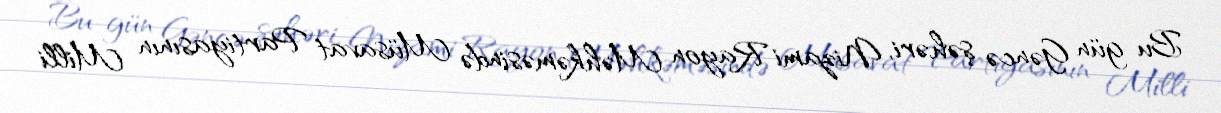
Bu gün Gəncə şəhəri, Nizami Rayon Məhkəməsində Müsavat Partiyasının Milli